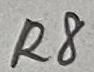
Text: R8